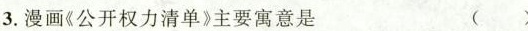
3.漫画《公开权力清单》主要寓意是 ()